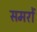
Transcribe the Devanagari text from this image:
समरों